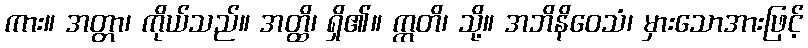
ကား။ အတ္တာ၊ ကိုယ်သည်။ အတ္ထိ၊ ရှိ၏။ ဣတိ၊ သို့။ အဘိနိဝေသံ၊ မှားသောအားဖြင့်